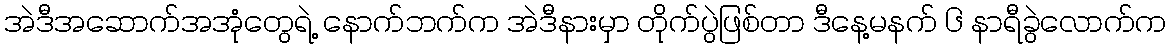
အဲဒီအဆောက်အအုံတွေရဲ့ နောက်ဘက်က အဲဒီနားမှာ တိုက်ပွဲဖြစ်တာ ဒီနေ့မနက် ၆ နာရီခွဲလောက်က